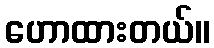
ဟောထားတယ်။